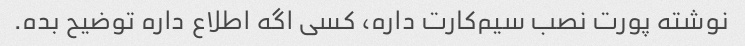
نوشته پورت نصب سیم‌کارت داره، کسی اگه اطلاع داره توضیح بده.